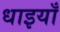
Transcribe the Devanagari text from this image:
धाइयाँ